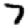
Digit: 7